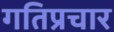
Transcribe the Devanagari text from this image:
गतिप्रचार